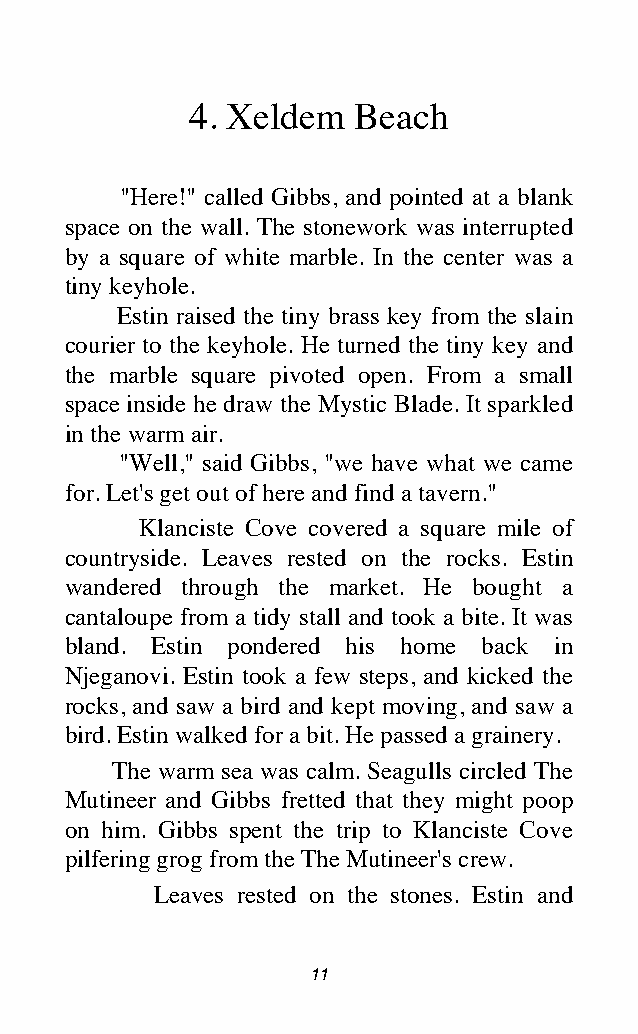
4. Xeldem Beach
 "Here!" called Gibbs, and pointed at a blank
 space on the wall. The stonework was interrupted
 by a square of white marble. In the center was a
 tiny keyhole.
 Estin raised the tiny brass key from the slain
 courier to the keyhole. He turned the tiny key and
 the marble square pivoted open. From a small
 space inside he draw the Mystic Blade. It sparkled
 in the warm air.
 "Well," said Gibbs, "we have what we came
 for. Let's get out of here and find a tavern."
 Klanciste Cove covered a square mile of
 countryside. Leaves rested on the rocks. Estin
 wandered through the market. He bought a
 cantaloupe from a tidy stall and took a bite. It was
 bland. Estin pondered his home back in
 Njeganovi. Estin took a few steps, and kicked the
 rocks, and saw a bird and kept moving, and saw a
 bird. Estin walked for a bit. He passed a grainery.
 The warm sea was calm. Seagulls circled The
 Mutineer and Gibbs fretted that they might poop
 on him. Gibbs spent the trip to Klanciste Cove
 pilfering grog from the The Mutineer's crew.
 Leaves rested on the stones. Estin and
 11